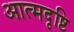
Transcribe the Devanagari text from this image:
आत्मदृष्टि